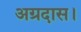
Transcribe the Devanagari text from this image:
अग्रदास।